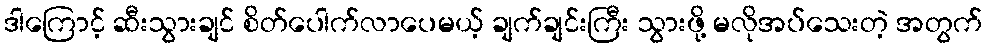
ဒါကြောင့် ဆီးသွားချင် စိတ်ပေါက်လာပေမယ့် ချက်ချင်းကြီး သွားဖို့ မလိုအပ်သေးတဲ့ အတွက်